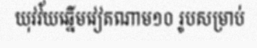
យុវវ័យឆ្នើមវៀតណាម១០ រូបសម្រាប់